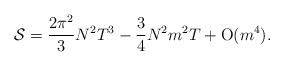
LaTeX: \begin{align*}{\cal S}=\frac{2\pi^2}{3} N^2T^3-\frac{3}{4}N^2m^2T+{\rm O}(m^4).\end{align*}